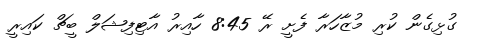
ގުޅިގެން ކުރި މުޒާހަރާ ފެށީ ރޭ 8:45 ހާއިރު އާޓިފިޝަލް ބީޗް ކައިރީ